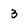
Character: 3